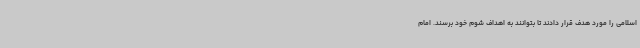
اسلامی را مورد هدف قرار دادند تا بتوانند به اهداف شوم خود برسند. امام